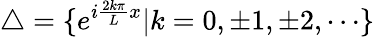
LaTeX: \triangle=\{ e^{i\frac{2k\pi}Lx}|k=0,\pm 1,\pm 2,\cdots\}